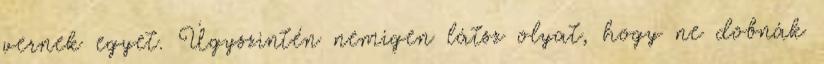
vernek egyet. Úgyszintén nemigen látsz olyat, hogy ne dobnák